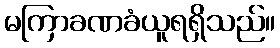
မကြာခဏခံယူရရှိသည်။